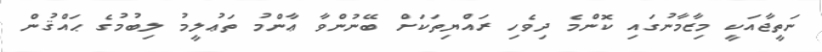
ނަތީޖާއަކީ މިޒާމާނުގައި ކޮންމެ ދިވެހި ރައްޔިތަކަށް ބޭނުންވާ ޢާންމު ތަޢުލީމު ލިބުމުގެ ޙައްޤުން